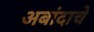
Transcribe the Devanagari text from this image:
अबांदाचे